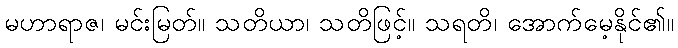
မဟာရာဇ၊ မင်းမြတ်။ သတိယာ၊ သတိဖြင့်။ သရတိ၊ အောက်မေ့နိုင်၏။